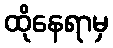
ထိုနေရာမှ